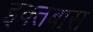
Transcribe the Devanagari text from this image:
इक्तबास